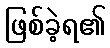
ဖြစ်ခဲ့ရ၏